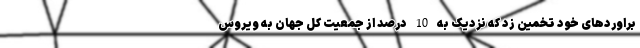
براوردهای خود تخمین زد که نزدیک به 10 درصد از جمعیت کل جهان به ویروس